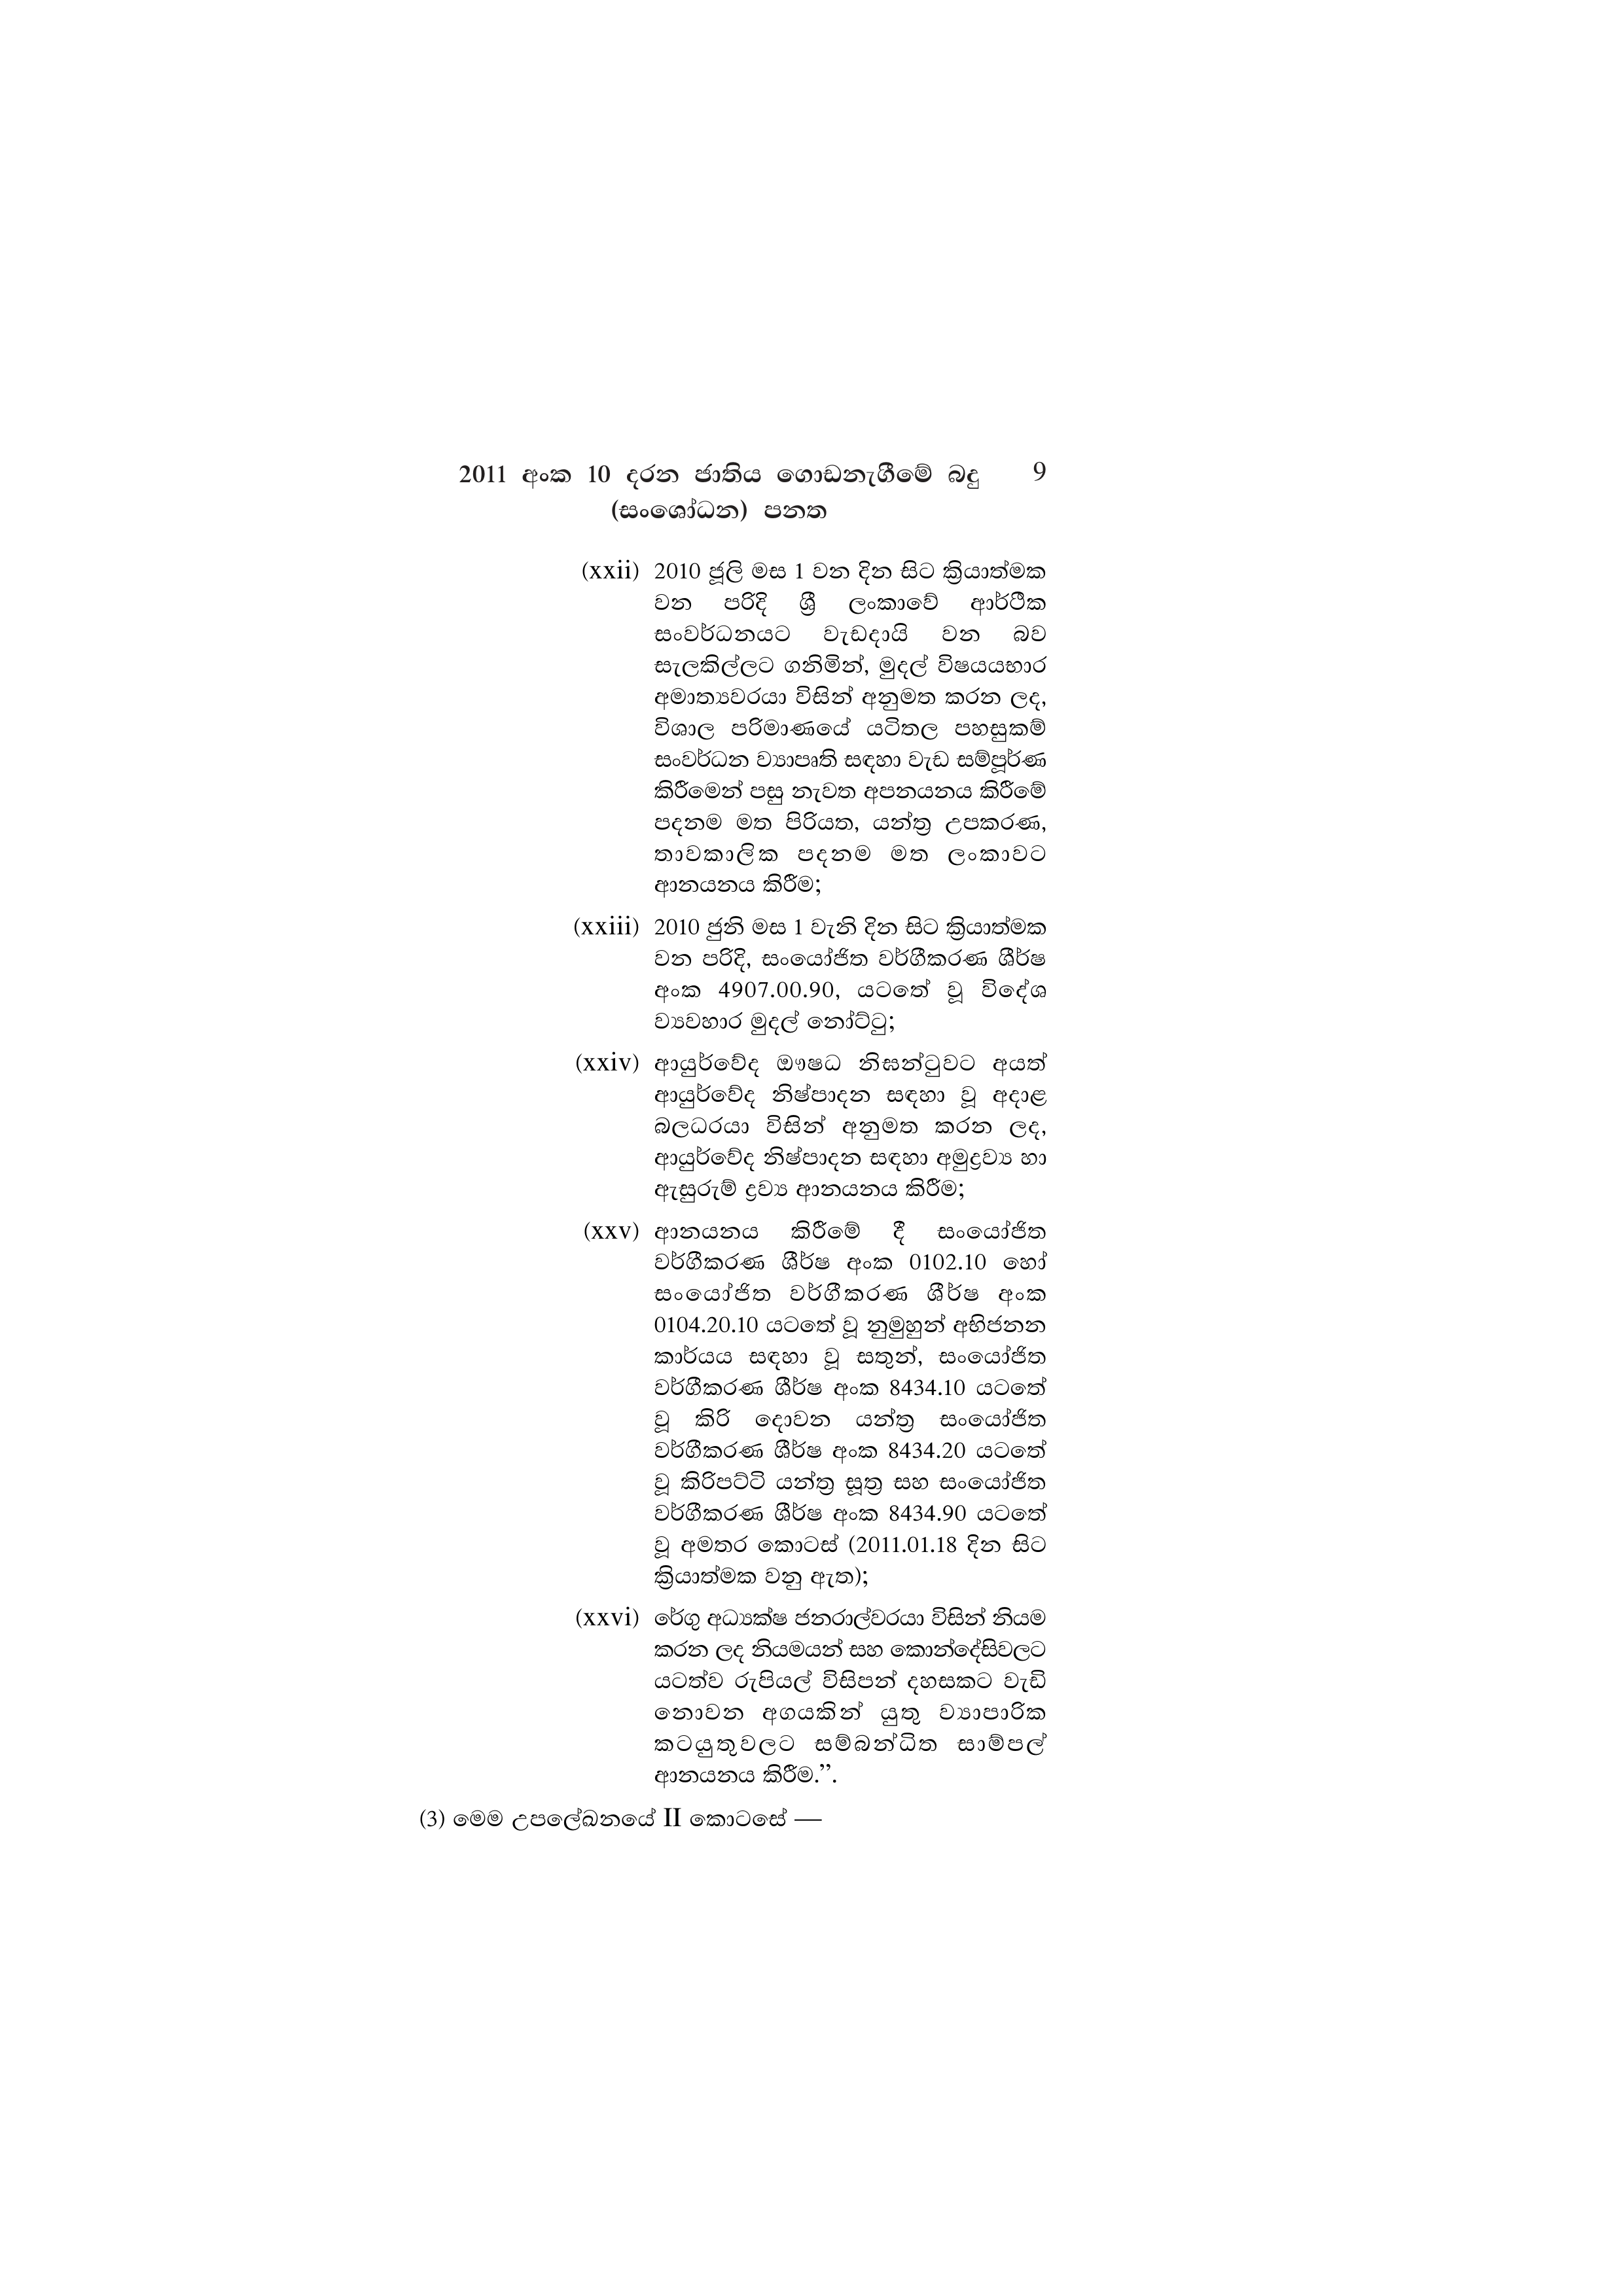
2011 අංක 10 දරන ජාතිය ගොඩනැගීමේ බදු 9
(සංශෝධන) පනත

(xxii) 2010 ජූලි මස 1 වන දින සිට ක්‍රියාත්මක
වන පරිදි ශ්‍රී ලංකාවේ ආර්ථික
සංවර්ධනයට වැඩදායි වන බව
සැලකිල්ලට ගනිමින්, මුදල් විෂයයභාර
අමාත්‍යවරයා විසින් අනුමත කරන ලද,
විශාල පරිමාණයේ යටිතල පහසුකම්
සංවර්ධන ව්‍යාපෘති සඳහා වැඩ සම්පූර්ණ
කිරීමෙන් පසු නැවත අපනයනය කිරීමේ
පදනම මත පිරියත, යන්ත්‍ර උපකරණ,
තාවකාලික පදනම මත ලංකාවට
ආනයනය කිරීම;

(xxiii) 2010 ජුනි මස 1 වැනි දින සිට ක්‍රියාත්මක
වන පරිදි, සංයෝජිත වර්ගීකරණ ශීර්ෂ
අංක 4907.00.90, යටතේ වූ විදේශ
ව්‍යවහාර මුදල් නෝට්ටු;

(xxiv) ආයුර්වේද ඖෂධ නිඝන්ටුවට අයත්
ආයුර්වේද නිෂ්පාදන සඳහා වූ අදාළ
බලධරයා විසින් අනුමත කරන ලද,
ආයුර්වේද නිෂ්පාදන සඳහා අමුද්‍රව්‍ය හා
ඇසුරුම් ද්‍රව්‍ය ආනයනය කිරීම;

(XXV) ආනයනය කිරීමේ දී සංයෝජිත
වර්ගීකරණ ශීර්ෂ අංක 0102.10 හෝ
සංයෝජිත වර්ගීකරණ ශීර්ෂ අංක
0104.20.10 යටතේ වූ නුමුහුන් අභිජනන
කාර්යය සඳහා වූ සතුන්, සංයෝජිත
වර්ගීකරණ ශීර්ෂ අංක 8434.10 යටතේ
වූ කිරි දොවන යන්ත්‍ර සංයෝජිත
වර්ගීකරණ ශීර්ෂ අංක 8434.20 යටතේ
වූ කිරිපට්ටි යන්ත්‍ර සූත්‍ර සහ සංයෝජිත
වර්ගීකරණ ශීර්ෂ අංක 8434.90 යටතේ
වූ අමතර කොටස් (2011.01.18 දින සිට
ක්‍රියාත්මක වනු ඇත);

(xxvi) රේගු අධ්‍යක්ෂ ජනරාල්වරයා විසින් නියම
කරන ලද නියමයන් සහ කොන්දේසිවලට
යටත්ව රුපියල් විසිපන් දහසකට වැඩි
නොවන අගයකින් යුතු ව්‍යාපාරික
කටයුතුවලට සම්බන්ධිත සාම්පල්
ආනයනය කිරීම.”.

(3) මෙම උපලේඛනයේ II කොටසේ —